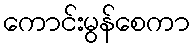
ကောင်းမွန်စေကာ